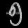
Digit: ၅